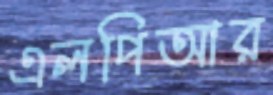
এলপিআর